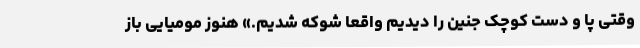
وقتی پا و دست کوچک جنین را دیدیم واقعا شوکه شدیم.» هنوز مومیایی باز